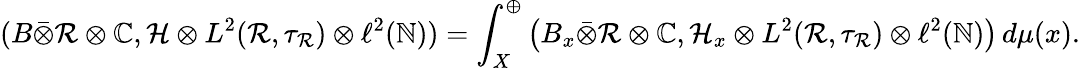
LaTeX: (B\bar{\otimes}\mathcal{R}\otimes\mathbb{C},\mathcal{H}\otimes L^{2}(\mathcal{R},\tau_{\mathcal{R}})\otimes\ell^{2}(\mathbb{N}))=\int_{X}^{\oplus}\left(B_{x}\bar{\otimes}\mathcal{R}\otimes\mathbb{C},\mathcal{H}_{x}\otimes L^{2}(\mathcal{R},\tau_{\mathcal{R}})\otimes\ell^{2}(\mathbb{N})\right)\, d\mu(x).